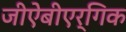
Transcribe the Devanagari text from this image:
जीऐबीएर्गिक